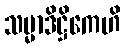
သမ္မာဒိဋ္ဌိကေဟိ